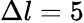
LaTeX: \Delta l=5